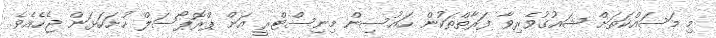
މި މަސައްކަތަށް ޝައުގުވެރިވާ ފަރާތްތަކުން ހައުސިން މިނިސްޓްރީ އަށް ޕްރޮޕޯސަލް ހުށަހަޅަން ޖެހެއެވެ.